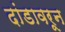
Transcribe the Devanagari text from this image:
दांडावरून